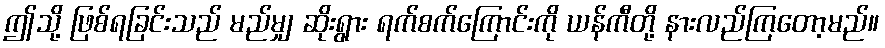
ဤသို့ ဖြစ်ရခြင်းသည် မည်မျှ ဆိုးရွား ရက်စက်ကြောင်းကို ယန်ကီတို့ နားလည်ကြတော့မည်။